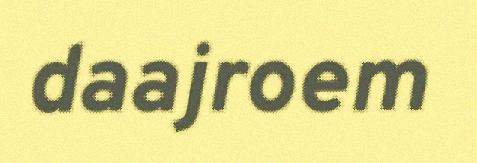
daajroem